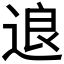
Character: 𰺽